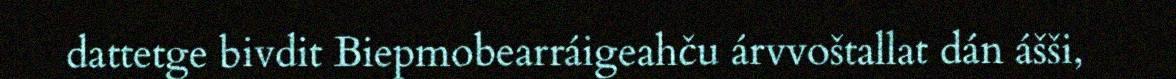
dattetge bivdit Biepmobearráigeahču árvvoštallat dán ášši,